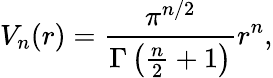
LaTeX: V_{n}(r)={\frac{\pi^{n/2}}{\Gamma\left({\frac{n}{2}}+1\right)}}r^{n},